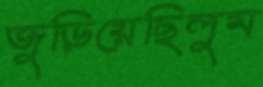
জুড়িয়েছিলুম